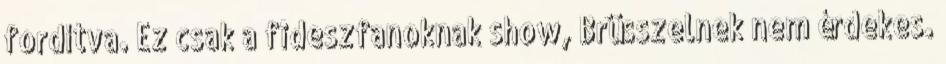
fordítva. Ez csak a fideszfanoknak show, Brüsszelnek nem érdekes.